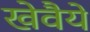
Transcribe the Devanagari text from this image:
खेवैये